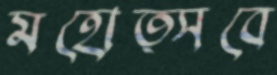
মহোত্সবে